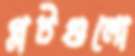
প্লটগুলো